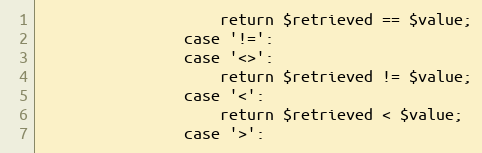
Language: PHP
                    return $retrieved == $value;
                case '!=':
                case '<>':
                    return $retrieved != $value;
                case '<':
                    return $retrieved < $value;
                case '>':